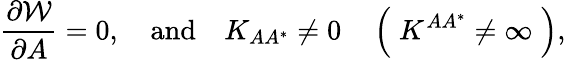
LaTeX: {\frac{\partial{\cal W}}{\partial A}}=0,\quad\mathrm{and}\quad K_{AA^{*}}\not=0\quad\left(\; K^{AA^{*}}\not=\infty\; \right),